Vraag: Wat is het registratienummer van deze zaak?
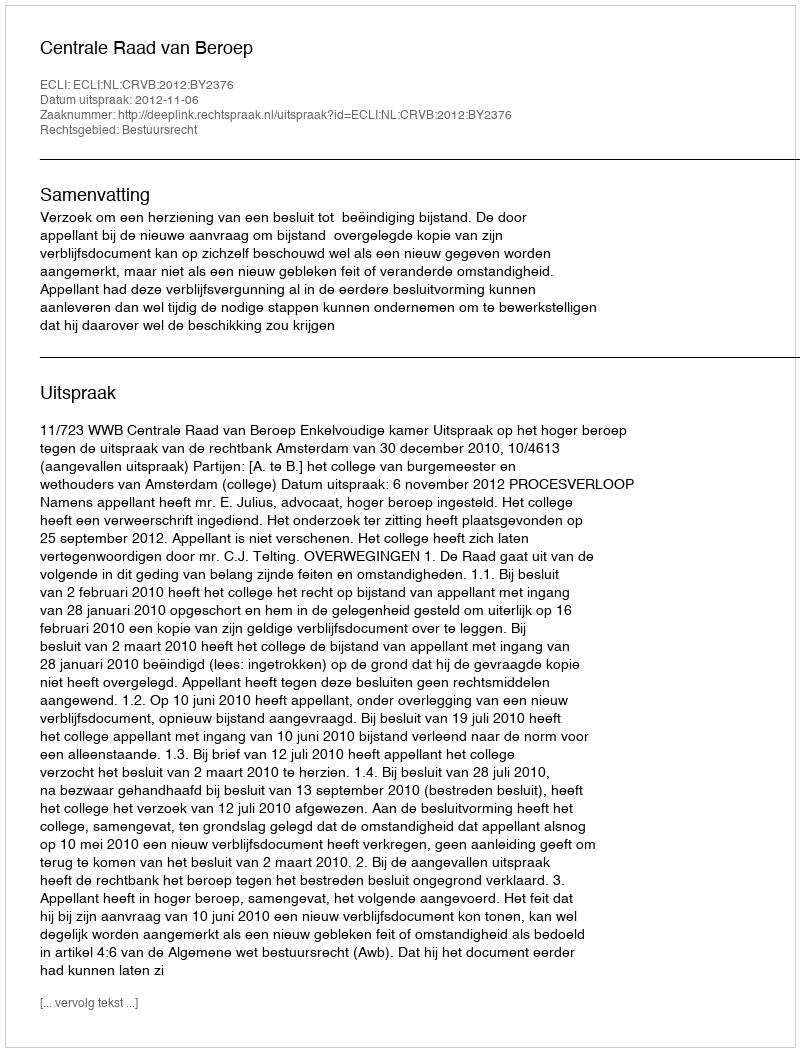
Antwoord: http://deeplink.rechtspraak.nl/uitspraak?id=ECLI:NL:CRVB:2012:BY2376